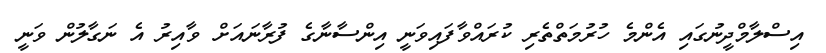
އިސްލާމްދީނުގައި އެންމެ ހުރުމަތްތެރި ކުރައްވާފައިވަނީ އިންސާނާގެ ފުރާނައަށް ވާއިރު އެ ނަގާލުން ވަނީ